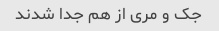
جک و مری از هم جدا شدند